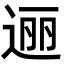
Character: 逦